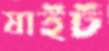
ষাইট